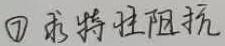
\textcircled{7} 求特性阻抗